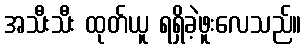
အသီးသီး ထုတ်ယူ ရရှိခဲ့ဖူးလေသည်။